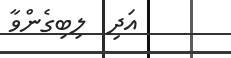
އަދި  ލިބިގެންވާ